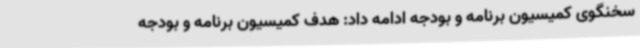
سخنگوی کمیسیون برنامه و بودجه ادامه داد: هدف کمیسیون برنامه و بودجه